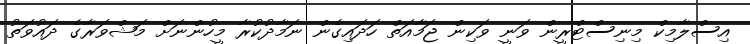
އިސްލާމިކް މިނިސްޓްރީން ވަނީ ވަކިން ޖަމާއަތް ހަދައިގެން ނަމާދުކުރާ މީހުންނަށް މަޝްވަރާގެ ދައުވަތު